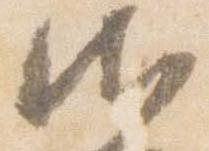
御